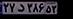
۲۷د۳۸۶۵۳